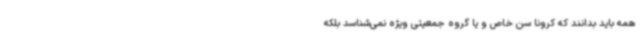
همه باید بدانند که کرونا سن خاص و یا گروه جمعیتی ویژه نمی‌شناسد بلکه